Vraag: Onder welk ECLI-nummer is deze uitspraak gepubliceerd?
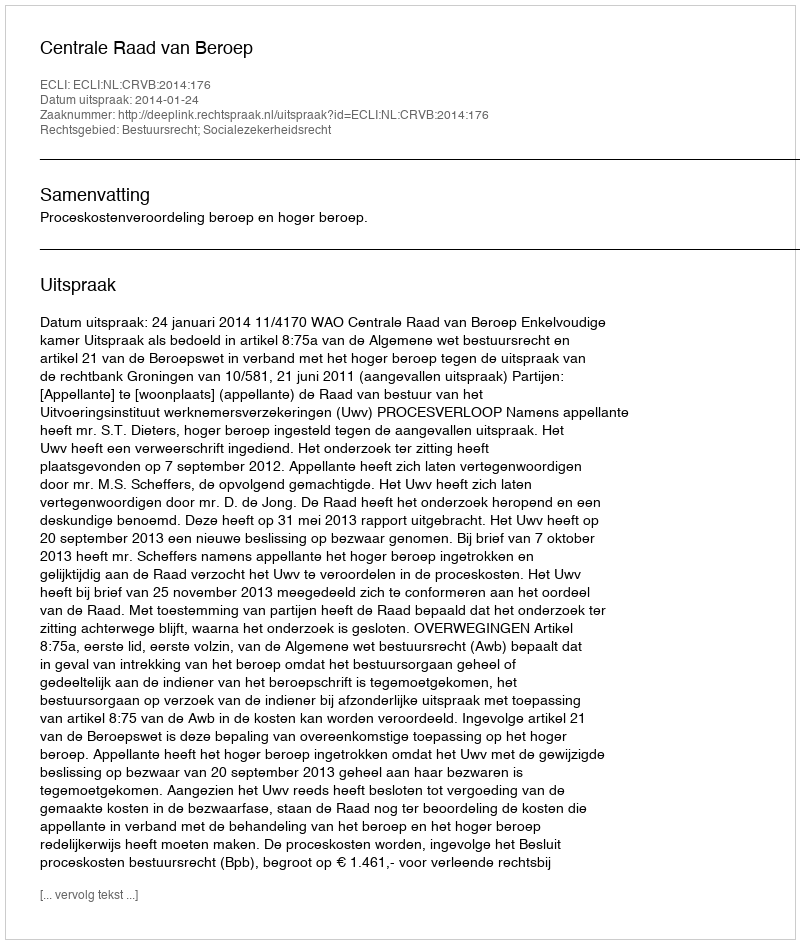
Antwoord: ECLI:NL:CRVB:2014:176